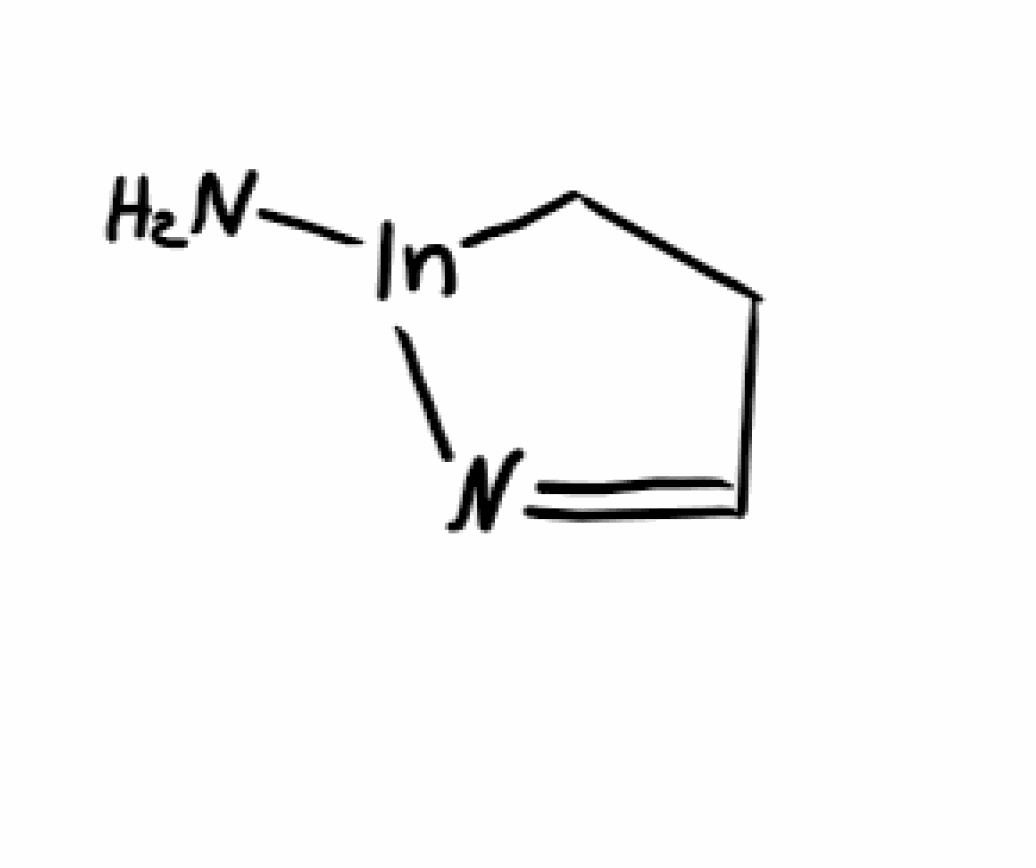
Simplified molecular-input line-entry system (SMILES) notation of the given molecule:
C1C[In](N=C1)N